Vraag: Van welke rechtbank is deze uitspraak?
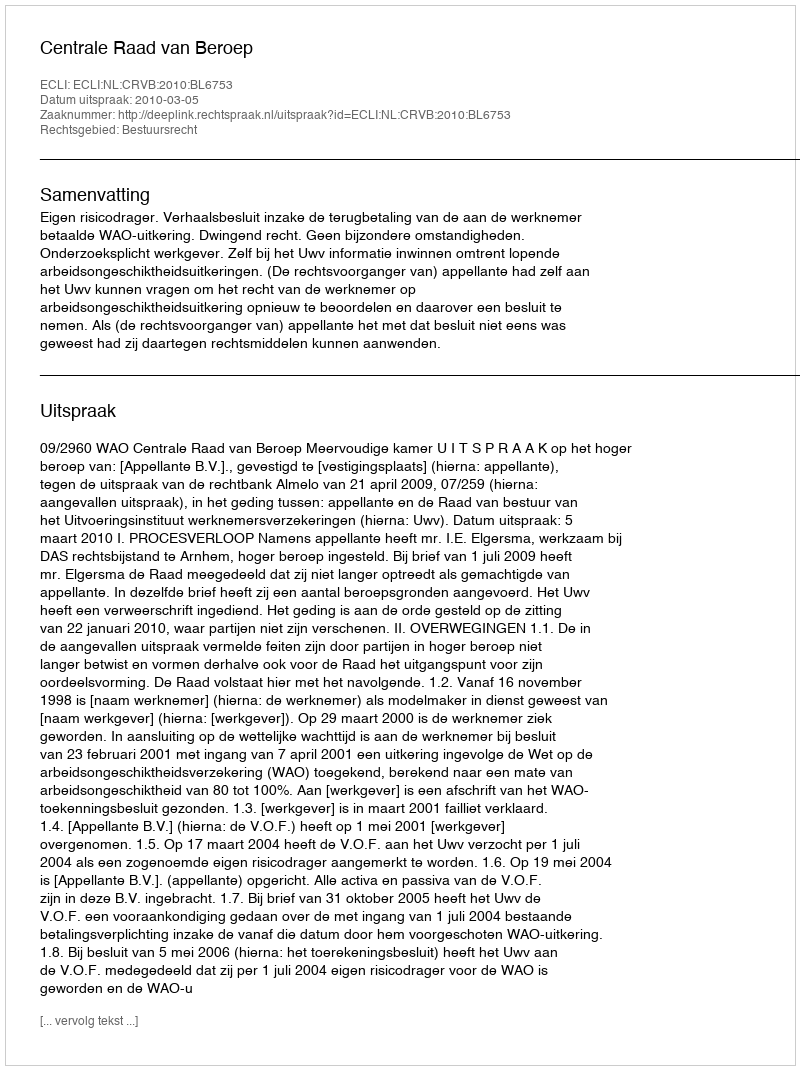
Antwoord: Centrale Raad van Beroep